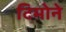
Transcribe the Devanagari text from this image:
टिमोने